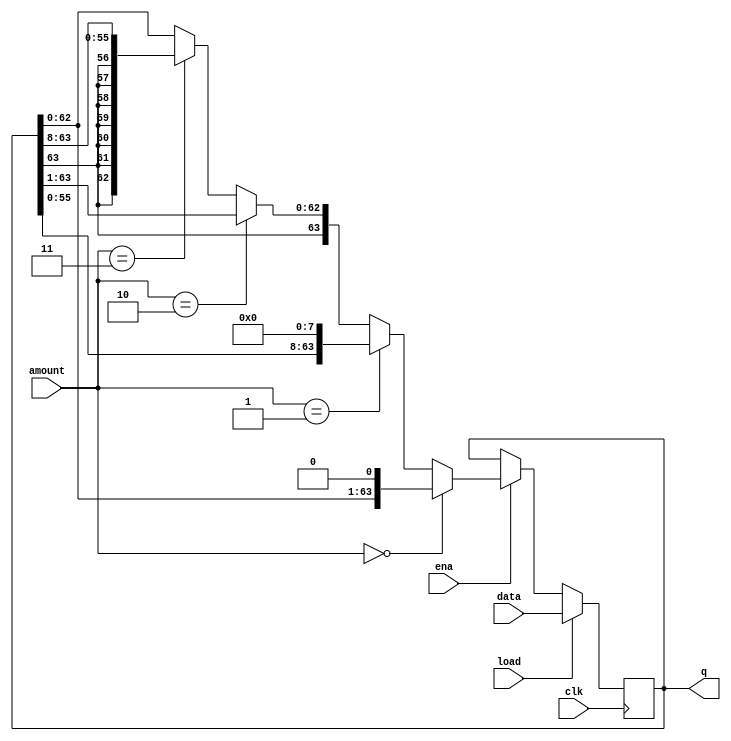
module top_module(
    input clk,
    input load,
    input ena,
    input [1:0] amount,
    input [63:0] data,
    output reg [63:0] q);
    
    always @ (posedge clk)
        if (load)
            q = data;
        else if (ena)
            if (amount == 2'b00)
                q = q << 1;
            else if (amount == 2'b01)
                q = q << 8;
            else if (amount == 2'b10)
                q = {q[63],q[63:1]};
            else if (amount == 2'b11) 
                q = {{8{q[63]}},q[63:8]};

endmodule